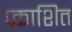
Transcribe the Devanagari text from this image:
प्र्काशित